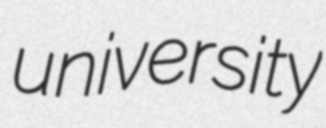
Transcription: university